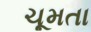
ચૂમતા